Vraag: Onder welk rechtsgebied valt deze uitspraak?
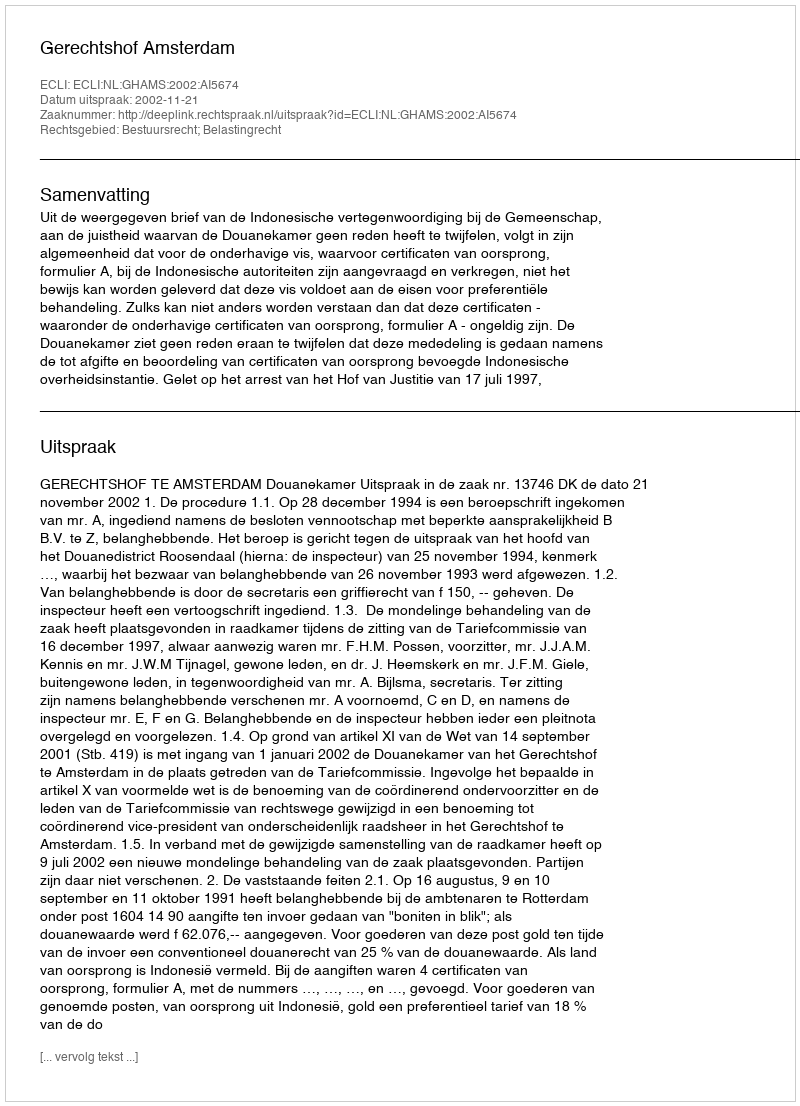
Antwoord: Bestuursrecht; Belastingrecht